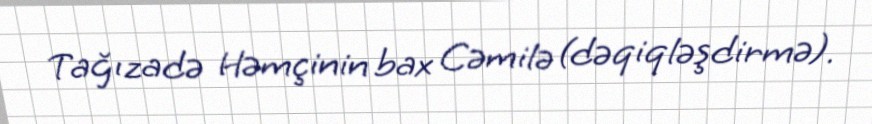
Tağızadə Həmçinin bax Cəmilə (dəqiqləşdirmə).